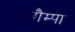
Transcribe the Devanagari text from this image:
गैम्पा